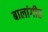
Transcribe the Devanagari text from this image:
बालांगीर